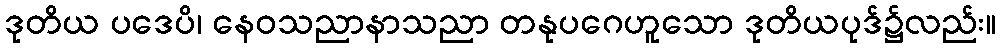
ဒုတိယ ပဒေပိ၊ နေဝသညာနာသညာ တနုပဂေဟူသော ဒုတိယပုဒ်၌လည်း။